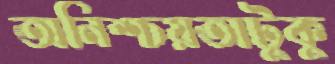
অনিশ্চয়তাটুকু